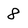
Character: 8